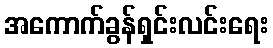
အကောက်ခွန်ရှင်းလင်းရေး